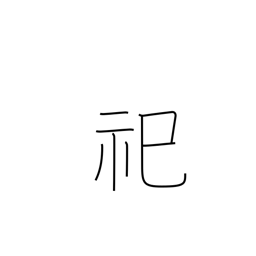
Meaning: enshrine